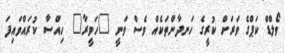
ވޯލްޑް ކަޕްގެ ވަރަށް ކުރީގެ ހަނދާންތަކެއް ވެސް ވަނީ "ހަވީރާ" ހިއްސާ ކުރައްވައިފަ